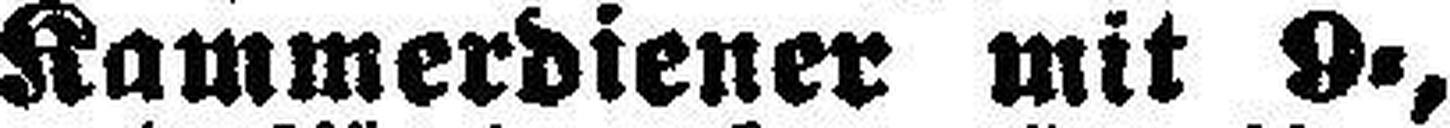
Kammerdiener mit 9=,